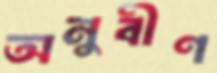
অনুবীণ